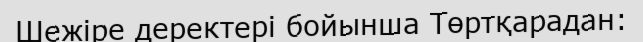
Шежіре деректері бойынша Төртқарадан: